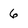
Character: 6